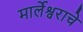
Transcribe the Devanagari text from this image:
मार्लेश्वराचे